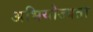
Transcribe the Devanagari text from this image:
अभियोज्यता